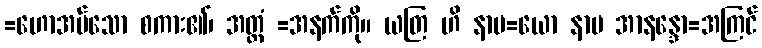
=ဟောအပ်သော စကား၏၊ အတ္ထံ =အနက်ကို။ ယတြ ဟိ နာမ=ယော နာမ အာနန္ဒော=အကြင်